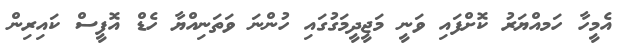
އެމީހާ ހަމއްޔަރު ކޮށްފައި ވަނީ މަޖީދީމަގުގައި ހުންނަ ވަތަނިއްޔާ ހެޑް އޮފީސް ކައިރިން